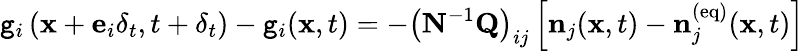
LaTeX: \mathtt{g}_{i}\left(\mathbf{{x}}+\mathbf{{e}}_{i}\delta_{t},t+\delta_{t}\right)-\mathtt{g}_{i}(\mathbf{{x}},t)=-\left(\mathbf{{N}}^{-1}\mathbf{{Q}}\right)_{ij}\left[\mathbf{{n}}_{j}(\mathbf{{x}},t)-\mathbf{{n}}_{j}^{(\mathrm{{eq}})}(\mathbf{{x}},t)\right]